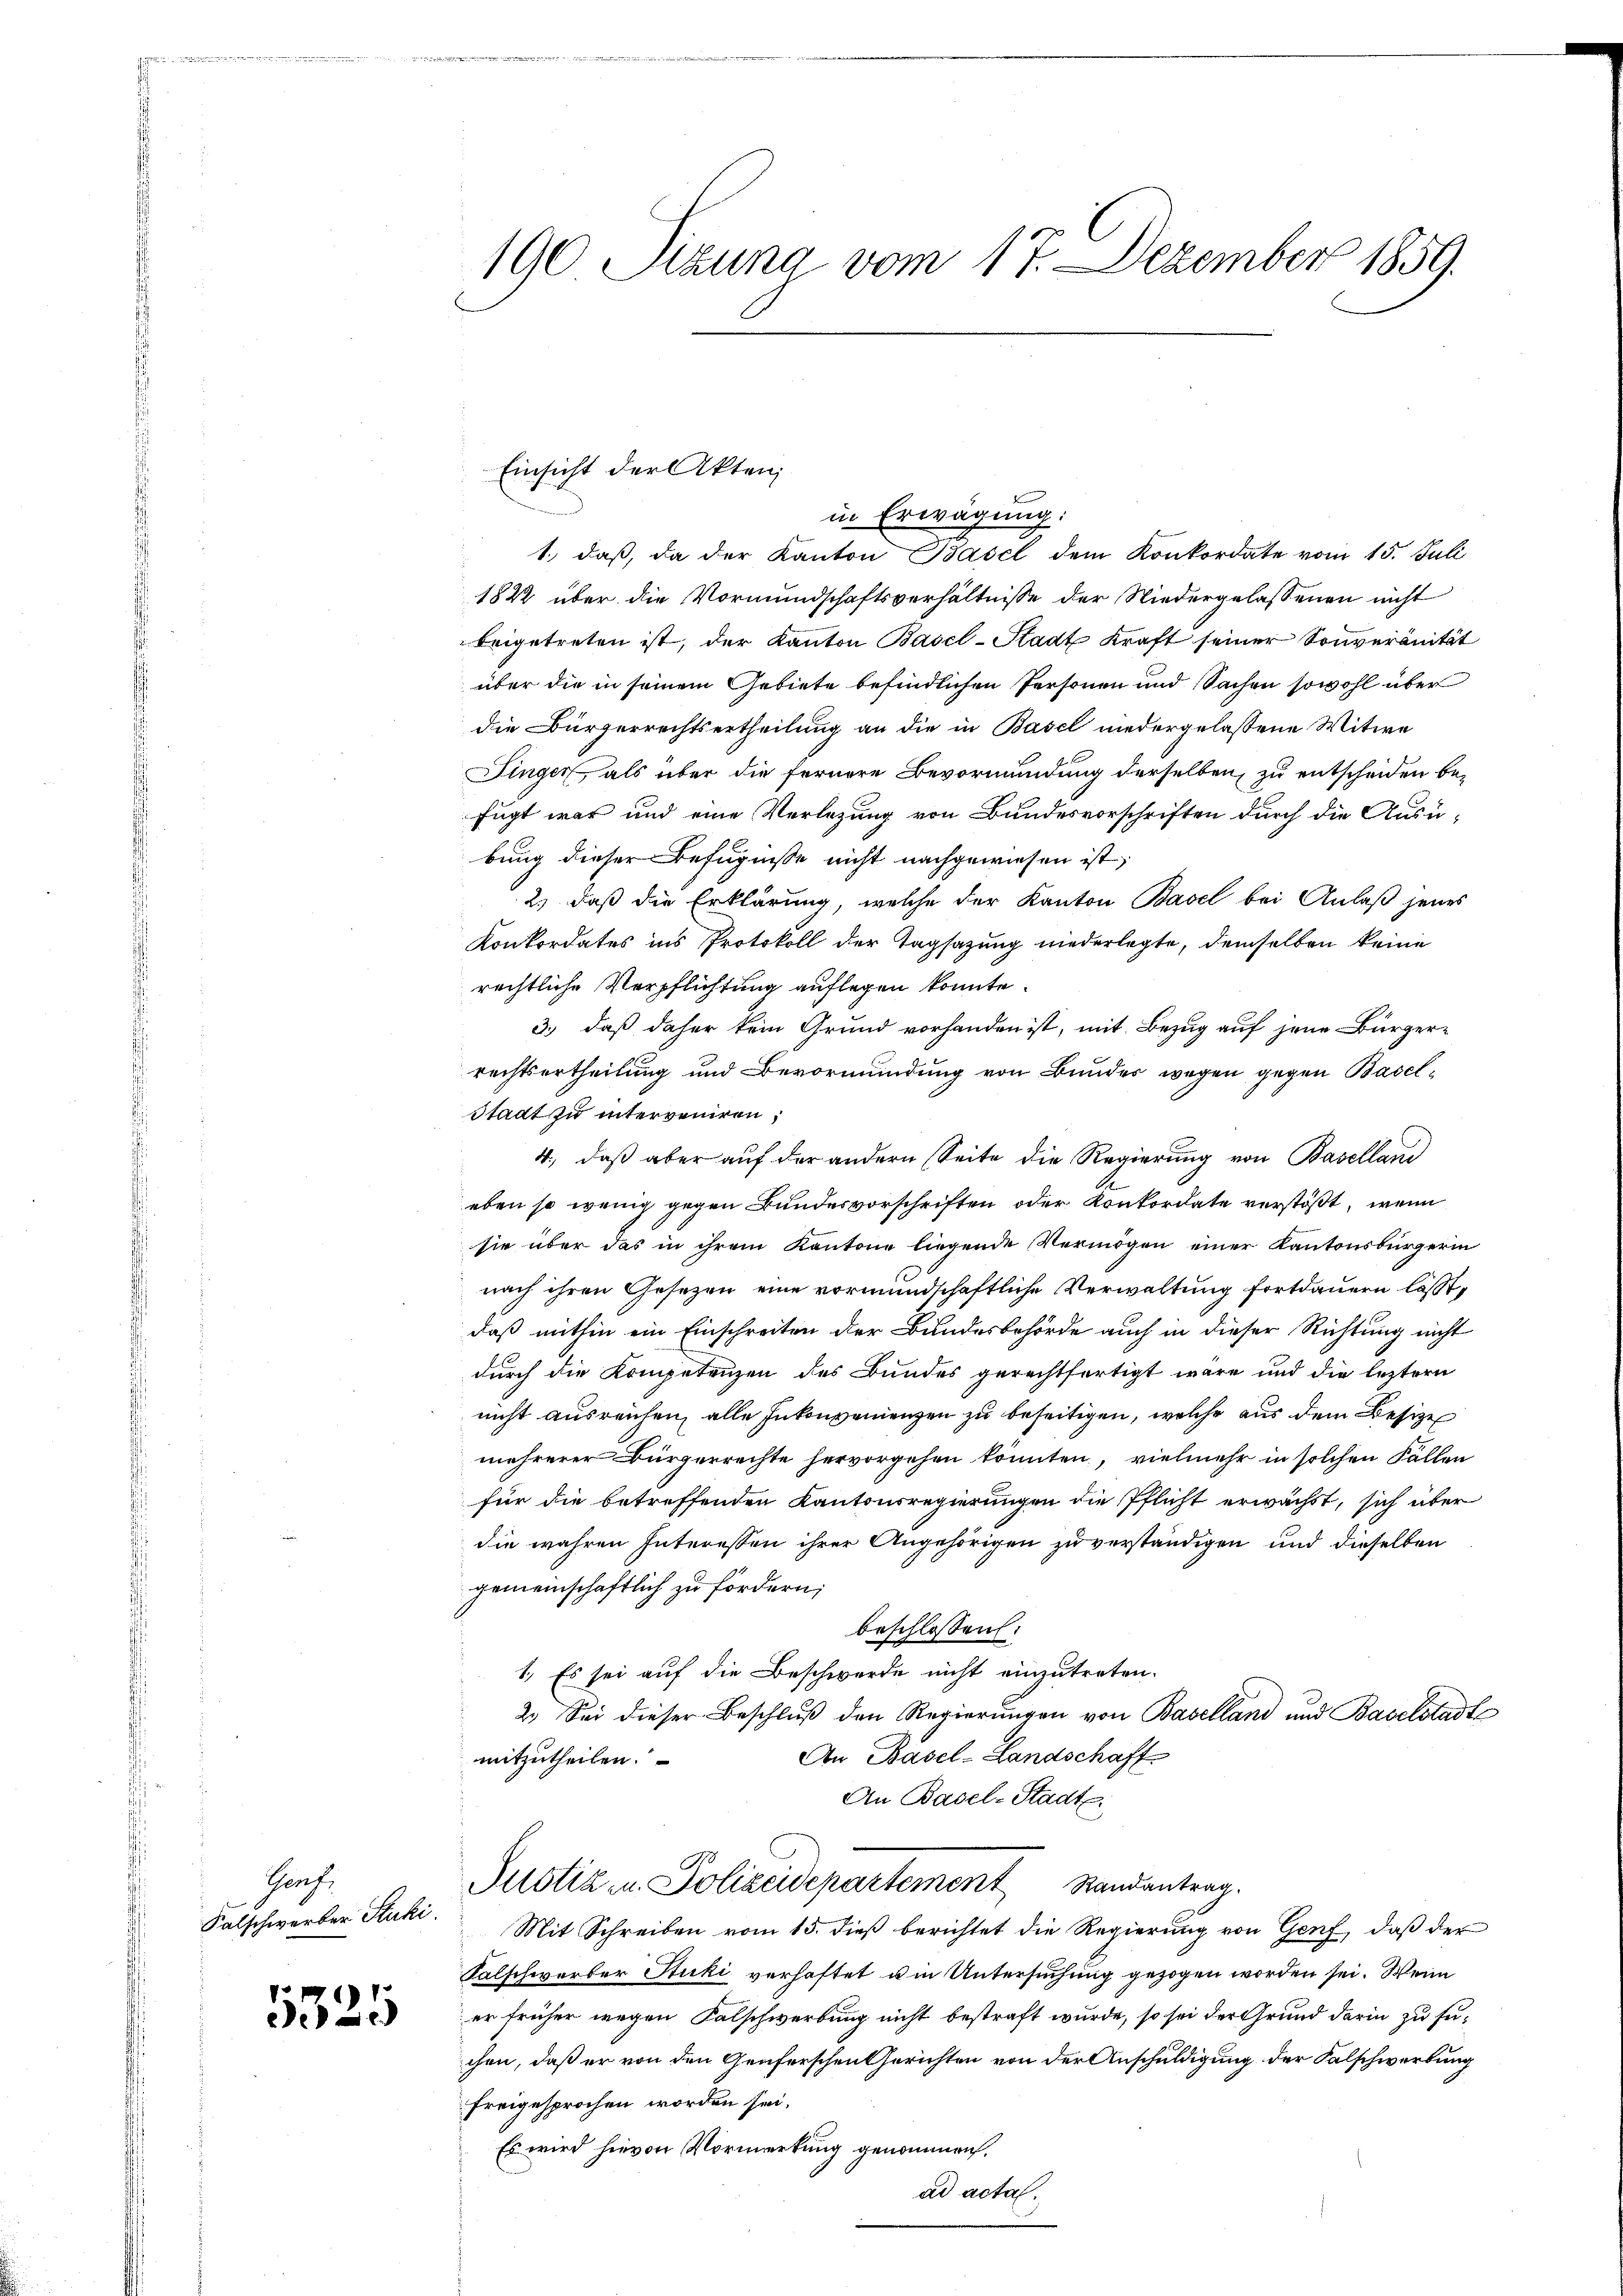
Prof.
Falschwerber Stuki.

5325

190 Sizung vom 17. Dezember 1859.

in Erwägung:
1., daß, da der Kanton Basel dem Konkordate vom 15. Juli
1822 über die Vormundschaftsverhältnisse der Niedergelassenen nicht
beigetreten ist, der Kanton Basel-Stadt Kraft seiner Sonveränität
über die in seinem Gebiete befindlichen Personen und Sachen sowohl über
die Bürgerrechtsertheilung an die in Basel niedergelassene Witwe
Finger, als über die fernere Bevormundung derselben zu entscheiden befügt war und eine Verlegung von Bundesvorschriften durch die Ausü-
bung dieser Befugnisse nicht nachgewiesen ist;
2.) daß die Erklärung, welche der Kanton Basel bei Anlaß jenes
Konkordates ins Protokoll der Tagsazung niederlegte, demselben keine
rechtliche Verpflichtung auflegen konnte.
3.) daß daher kein Grund vorhanden ist, mit Bezug auf jene Bürger-
rechtsurtheilung und Bevormundung von Bundes wegen gegen Basel¬
Stadt zu interveniren,
4., daß aber auf der andern Seite die Regierung von Baselland
eben so wenig gegen Bundesvorschriften oder Konkordate verstößt, wenn
sie über das in ihrem Kantone liegende Vermögen einer Kantonsbürgerin
nach ihren Gesezen eine vormundschaftliche Verwaltung fortdauern lässt,
daß mithin ein Einschreiten der Bundesbehörde auch in dieser Richtung nicht
durch die Kompetenzen des Bundes gerechtfertigt wäre und die leztern
nicht ausreichen, alle Inkonvenienzen zu beseitigen, welche aus dem Besitze
mehrerer Bürgerrechte hervorgehen könnten, vielmehr in solchen Fällen
für die betreffenden Kantonsregierungen die Pflicht erwächst, sich über
die wahren Interessen ihrer Angehörigen zu verständigen und dieselben
gemeinschaftlich zu fördern;
beschlossen:
1.) Es sei auf die Beschwerde nicht einzutreten.
2. Sei dieser Beschlŭβ den Regierŭngen von Baselland und Baselstadt
An Basel-Landschaft
mitzutheilen.
An Basel-Stadt.
Justiz- u. Polizeidepartement Randantrag.
Mit Schreiben vom 15. dieß berichtet die Regierung von Genf, daß der
Falschwerber Stuki verhaftet u in Untersuchung gezogen worden sei. Wenn
er früher wegen Falschwerbung nicht bestraft wurde, so sei der Grund darin zu suchen, daß er von den Genferschen Gerichten von der Anschuldigung der Falschwerbung
freigesprochen worden sei.
Es wird hievon Vormerkung genommen.
ad acta.

Einsicht der Akten,